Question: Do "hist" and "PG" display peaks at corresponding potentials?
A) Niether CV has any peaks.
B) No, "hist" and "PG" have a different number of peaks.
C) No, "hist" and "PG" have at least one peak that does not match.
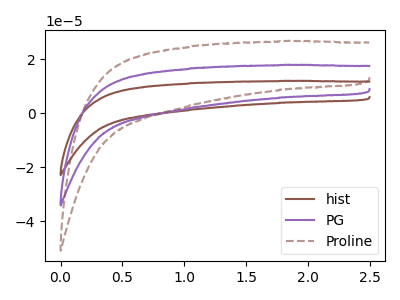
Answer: <think>The brown curve "hist" has no peaks. The purple curve "PG" has no peaks. The brown dashed curve "Proline" has no peaks.</think>
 <answer>A) Niether CV has any peaks.</answer>
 <eval>A</eval>